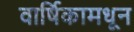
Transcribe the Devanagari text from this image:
वार्षिकामधून